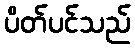
ပိတ်ပင်သည်